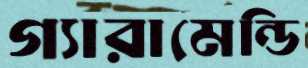
গ্যারামেন্ডি